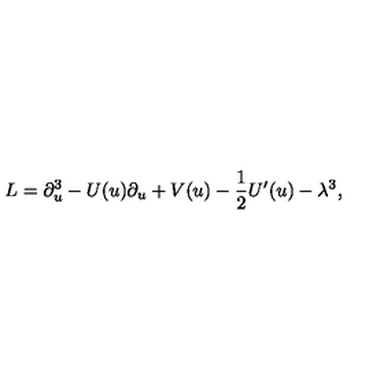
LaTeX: L = \partial _ { u } ^ { 3 } - U ( u ) \partial _ { u } + V ( u ) - \frac { 1 } { 2 } U ^ { \prime } ( u ) - \lambda ^ { 3 } ,